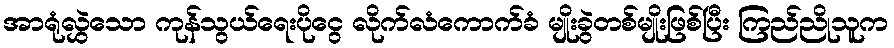
အာရုံလွှဲသော ကုန်သွယ်ရေးပိုငွေ လိုက်လံကောက်ခံ မျိုးခွဲတစ်မျိုးဖြစ်ပြီး ကြည်ညိုသူက